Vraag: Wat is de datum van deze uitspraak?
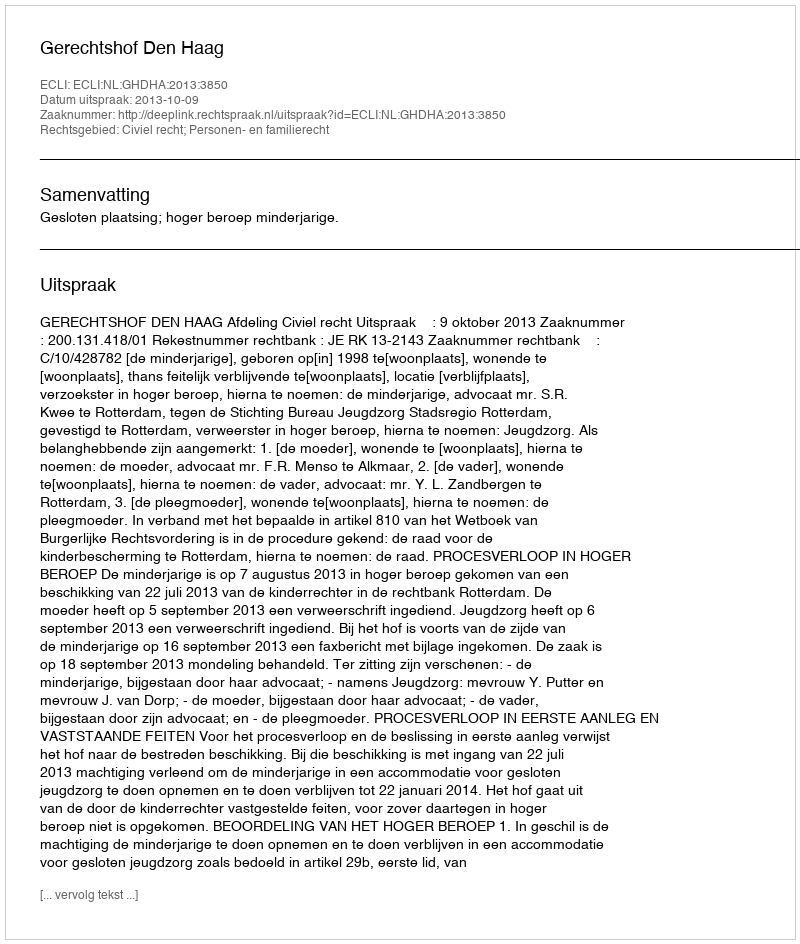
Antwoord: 2013-10-09